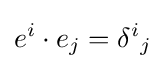
e^{i}\cdot e_{j}=\delta ^{i}{}_{j}